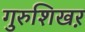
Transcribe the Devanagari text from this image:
गुरुशिखऱ